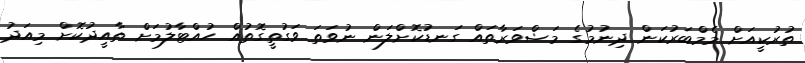
ތުރުކީއަށް މެމްބަރުކަން ދިނުމުގެ މަޝްވަރާތައް ގަނޑުކޮށްލަން ނުވަތަ ވަގުތީގޮތުއް ހުއްޓާލުމަށް ތާއީދުކޮށް މިއަދު